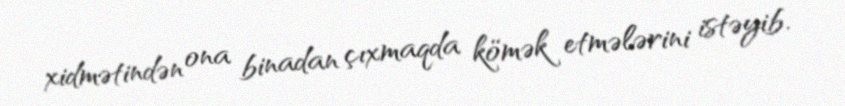
xidmətindən ona binadan çıxmaqda kömək etmələrini istəyib.